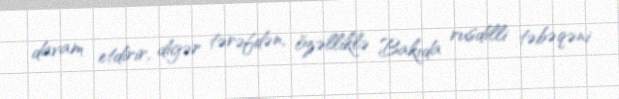
davam etdirir, digər tərəfdən, özəlliklə Bakıda rusdilli təbəqəni